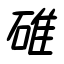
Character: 碓